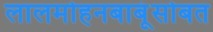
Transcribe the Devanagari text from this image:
लालमोहनबाबूंसोबत